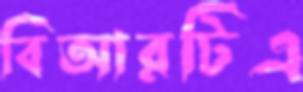
বিআরটিএ